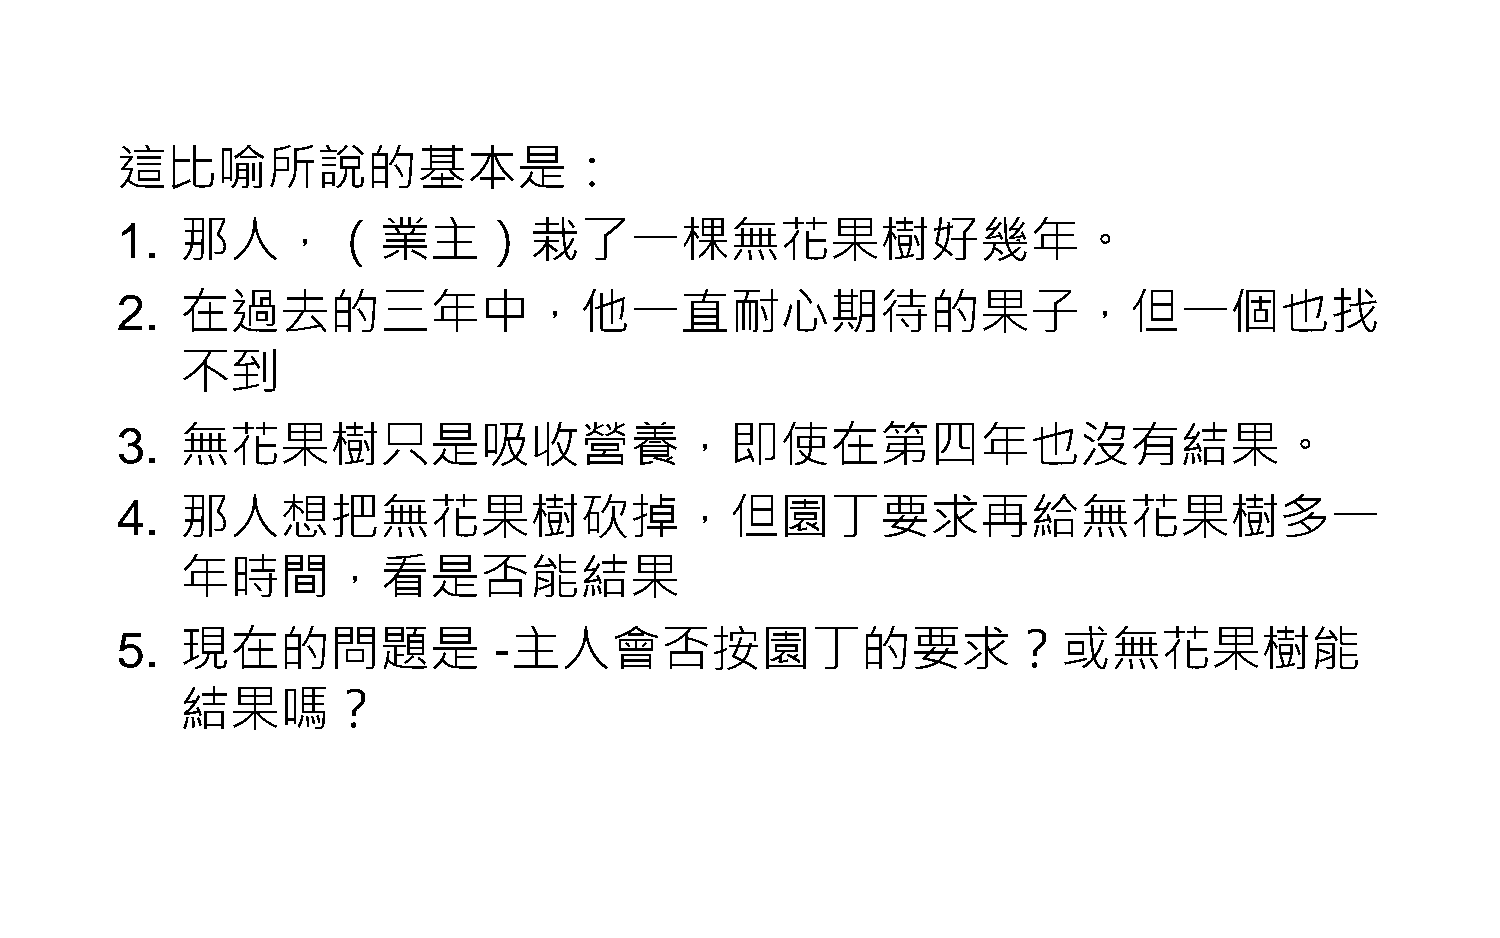
這比喻所說的基本是：
 1.  那人，（業主）栽了一棵無花果樹好幾年。
 2.  在過去的三年中，他一直耐心期待的果子，但一個也找
 不到
 3.  無花果樹只是吸收營養，即使在第四年也沒有結果。
 4.  那人想把無花果樹砍掉，但園丁要求再給無花果樹多一
 年時間，看是否能結果
 5.  現在的問題是               -主人會否按園丁的要求？或無花果樹能
 結果嗎？